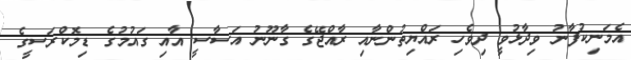
އެމަނިކުފާނު ވިދާޅުވީ ދިވެހި ރައްޔިތުންނާއި ރާއްޖޭގެ ގާނޫނު އަސާސީ އާއި ގައުމުގެ ޑިމޮކްރަސީގެ